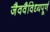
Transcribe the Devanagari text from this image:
जैववैविध्यपूर्ण